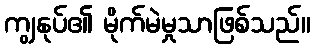
ကျွနုပ်၏ မိုက်မဲမှုသာဖြစ်သည်။